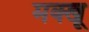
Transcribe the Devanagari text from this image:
मक्खू